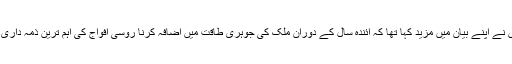
انہوں نے اپنے بیان میں مزید کہا تھا کہ آئندہ سال کے دوران ملک کی جوہری طاقت میں اضافہ کرنا روسی افواج کی اہم ترین ذمہ داری ہے۔